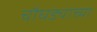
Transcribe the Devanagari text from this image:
चौघड्याच्या